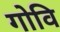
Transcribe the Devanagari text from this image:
गोवि